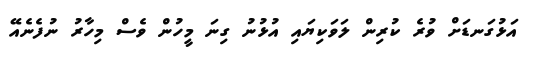
އަޅުގަނޑަށް ވުރެ ކުރިން ލަވަކިޔައި އުޅުނު ގިނަ މީހުން ވެސް މިހާރު ނުފެނެއޭ